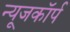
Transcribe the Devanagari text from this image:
न्यूजकॉर्प